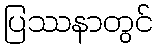
ပြဿနာတွင်